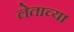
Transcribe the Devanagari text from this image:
लेताच्या